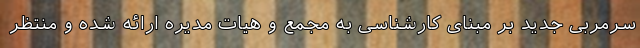
سرمربی جدید بر مبنای کارشناسی به مجمع و هیات مدیره ارائه شده و منتظر